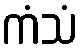
ကံသံ